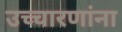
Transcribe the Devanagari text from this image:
उच्चारणांना